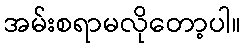
အမ်းစရာမလိုတော့ပါ။